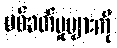
ပစ်ခတ်မှုများကို